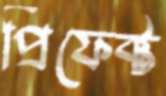
প্রিফেক্ট